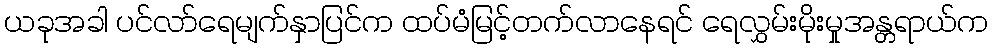
ယခုအခါ ပင်လာ်ရေမျက်နှာပြင်က ထပ်မံမြင့်တက်လာနေရင် ရေလွှမ်းမိုးမှုအန္တရာယ်က